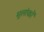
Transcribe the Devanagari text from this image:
मूलांकों